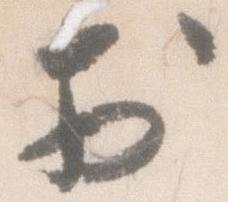
於